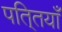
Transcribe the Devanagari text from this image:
पति्तयाँ